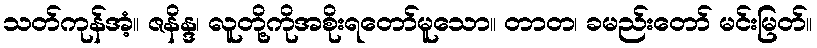
သတ်ကုန်အံ့။ ဇနိန္ဒ၊ လူတို့ကိုအစိုးရတော်မူသော။ တာတ၊ ခမည်းတော် မင်းမြတ်။